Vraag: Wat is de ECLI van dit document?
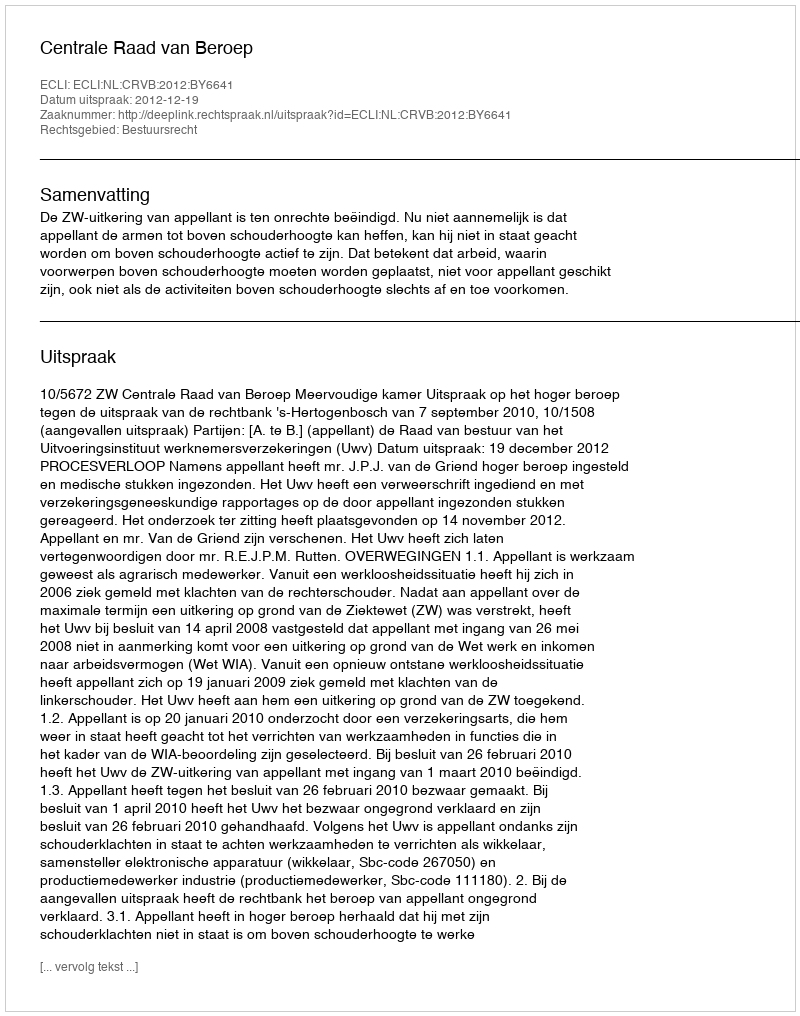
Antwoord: ECLI:NL:CRVB:2012:BY6641